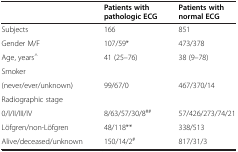
|  | Patients with pathologic ECG | Patients with normal ECG |
 | --- | --- | --- |
 | Subjects | 166 | 851 |
 | Gender M/F | 107/59* | 473/378 |
 | Age, years^ | 41 (25–76) | 38 (9–78) |
 | Smoker |  |  |
 | (never/ever/unknown) | 99/67/0 | 467/370/14 |
 | Radiographic stage |  |  |
 | 0/I/II/III/IV | 8/63/57/30/8## | 57/426/273/74/21 |
 | Löfgren/non-Löfgren | 48/118** | 338/513 |
 | Alive/deceased/unknown | 150/14/2# | 817/31/3 |